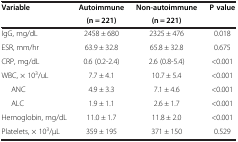
<table><thead><tr><td rowspan="2"><b>Variable</b></td><td><b>Autoimmune</b></td><td><b>Non-autoimmune</b></td><td rowspan="2"><b>P value</b></td></tr><tr><td><b>(n = 221)</b></td><td><b>(n = 221)</b></td></tr></thead><tbody><tr><td>IgG, mg/dL</td><td>2458 ± 680</td><td>2325 ± 476</td><td>0.018</td></tr><tr><td>ESR, mm/hr</td><td>63.9 ± 32.8</td><td>65.8 ± 32.8</td><td>0.675</td></tr><tr><td>CRP, mg/dL</td><td>0.6 (0.2-2.4)</td><td>2.6 (0.8-5.4)</td><td>&lt;0.001</td></tr><tr><td>WBC, × 10<sup>3</sup>/uL</td><td>7.7 ± 4.1</td><td>10.7 ± 5.4</td><td>&lt;0.001</td></tr><tr><td>ANC</td><td>4.9 ± 3.3</td><td>7.1 ± 4.6</td><td>&lt;0.001</td></tr><tr><td>ALC</td><td>1.9 ± 1.1</td><td>2.6 ± 1.7</td><td>&lt;0.001</td></tr><tr><td>Hemoglobin, mg/dL</td><td>11.0 ± 1.7</td><td>11.8 ± 2.0</td><td>&lt;0.001</td></tr><tr><td>Platelets, × 10<sup>3</sup>/μL</td><td>359 ± 195</td><td>371 ± 150</td><td>0.529</td></tr></tbody></table>